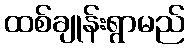
ထစ်ချုန်းရွာမည်